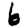
Digit: 6